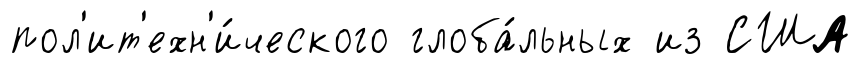
пол'ит'ехн'и́ческого глоба́льных из США